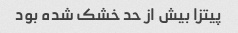
پیتزا بیش از حد خشک شده بود